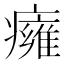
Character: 癕